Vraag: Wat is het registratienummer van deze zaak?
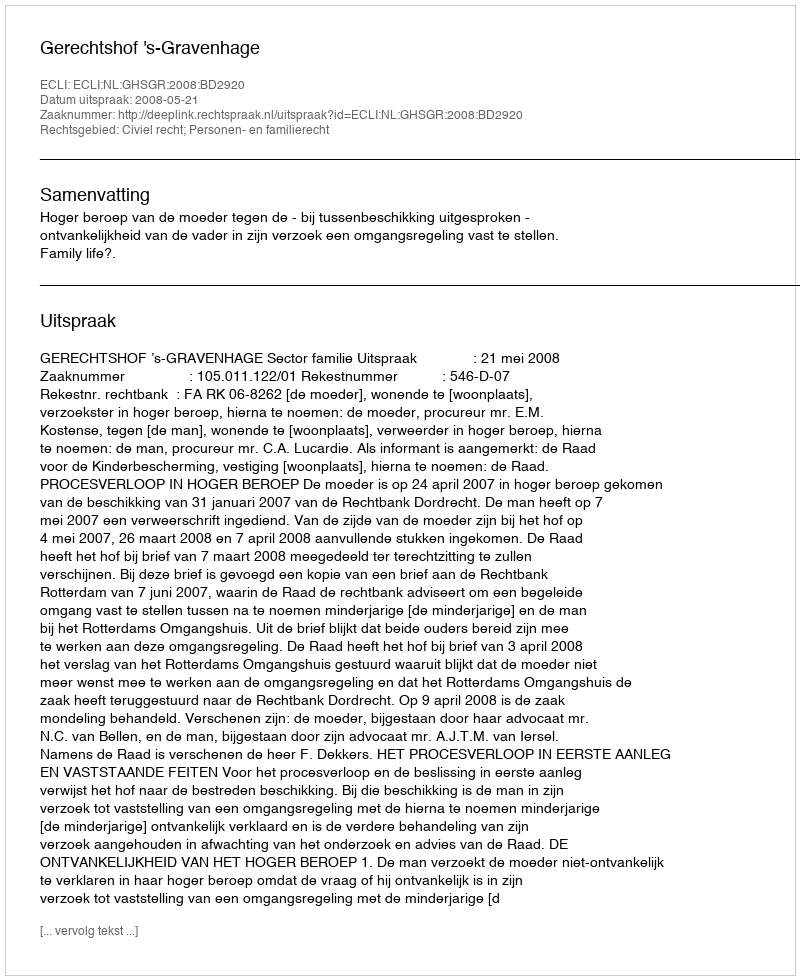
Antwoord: http://deeplink.rechtspraak.nl/uitspraak?id=ECLI:NL:GHSGR:2008:BD2920